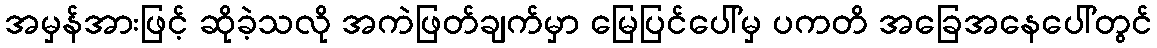
အမှန်အားဖြင့် ဆိုခဲ့သလို အကဲဖြတ်ချက်မှာ မြေပြင်ပေါ်မှ ပကတိ အခြေအနေပေါ်တွင်